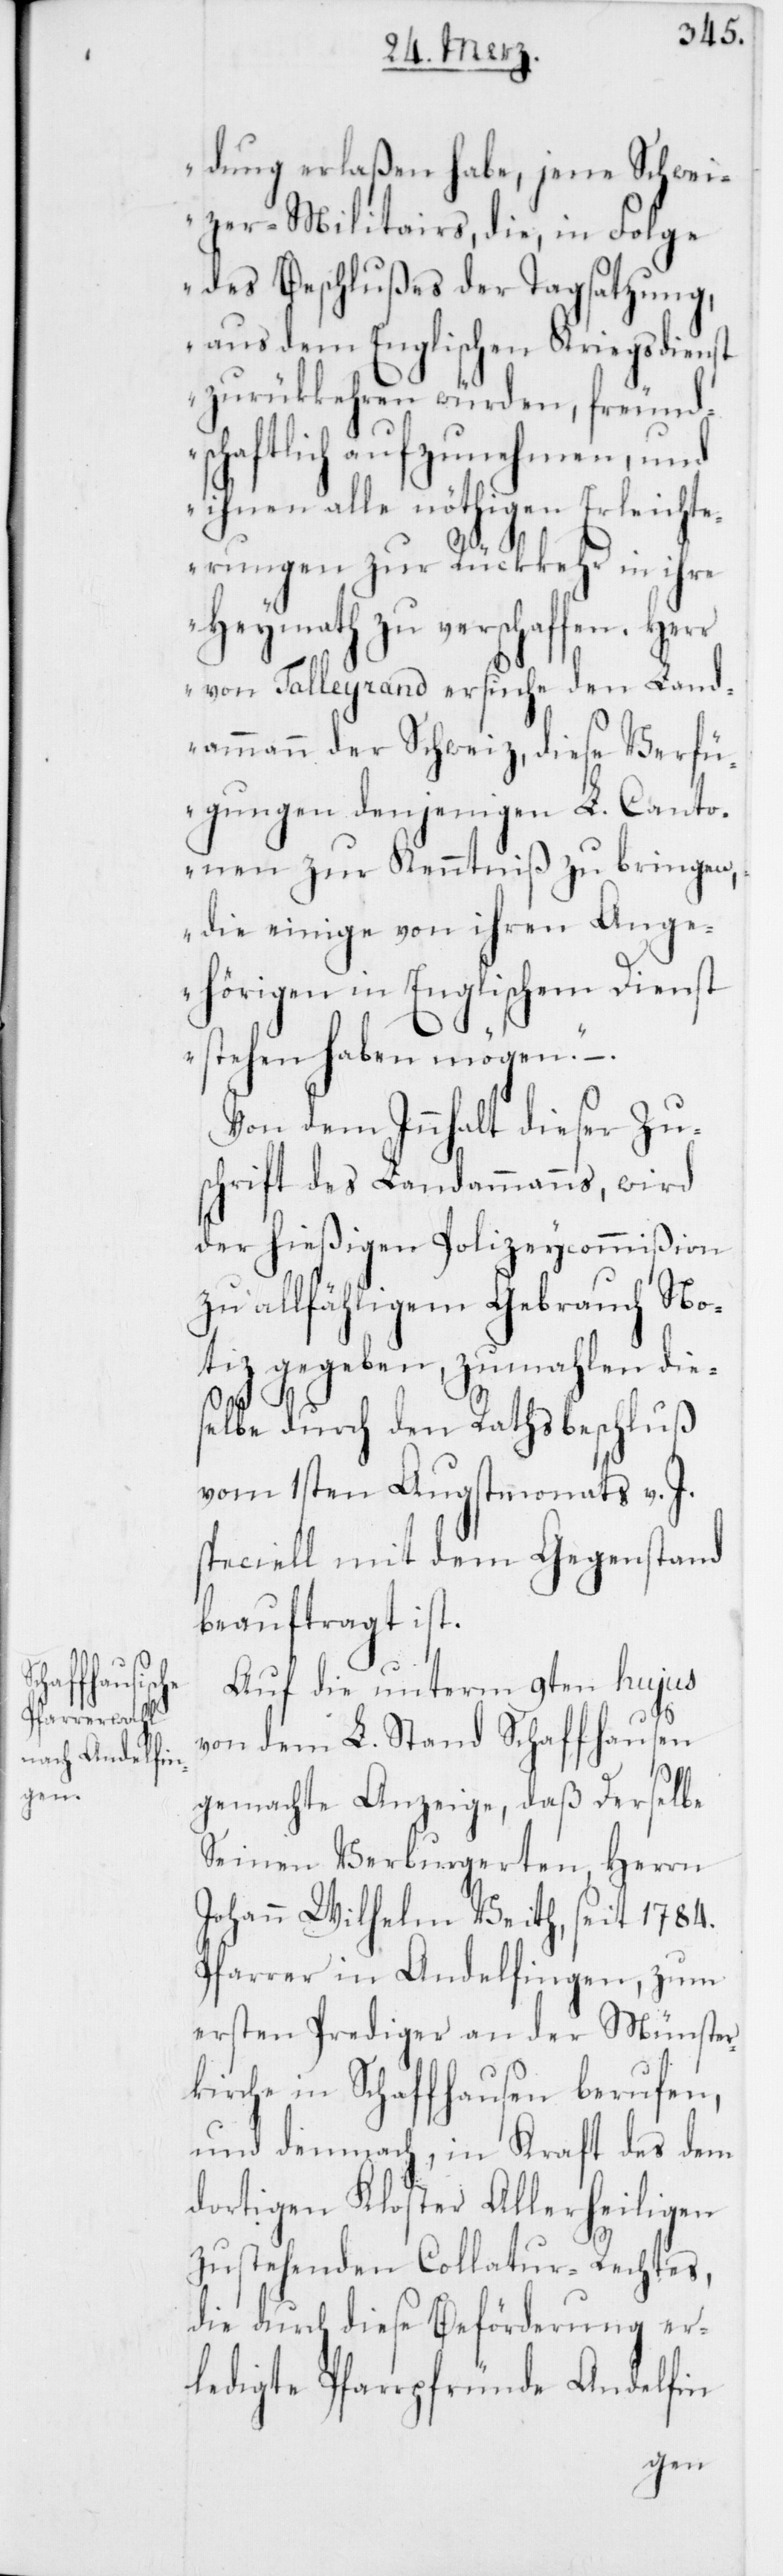
dung erlaßen habe, jene Schwei¬
zer-Militairs, die, in Folge
des Beschlußes der Tagsatzung,
aus dem Englischen Kriegsdienst
zurükkehren würden, freund¬
schaftlich aufzunehmen, und
ihnen alle nöthigen Erleicht¬
erungen zur Rükkehr in ihre
Heymath zu verschaffen. Herr
von Talleyrand ersuche den Land¬
ammann der Schweiz, diese Verfü¬
gungen denjenigen L. Canto¬
nen zur Kenntniß zu bringen,
die einige von ihren Ange¬
hörigen in Englischem Dienst
stehen haben mögen.“
Von dem Innhalt dieser Zu¬
schrift des Landammanns, wird
der hießigen Polizeycommißion
zu allfähligem Gebrauch No¬
tiz gegeben, zumahlen dies¬
elbe durch den Rathsbeschluß
vom 1sten Augstmonats v. J.
speciell mit dem Gegenstand
beauftragt ist.
Auf die unterm 9ten hujus
von dem L. Stand Schaffhausen
gemachte Anzeige, daß derselbe
Seinen Verburgereten, Herrn
Johann Wilhelm Veith, seit 1784.
Pfarrer in Andelfingen, zum
ersten Prediger an der Münster¬
kirche in Schaffhausen berufen,
und demnach, in Kraft des dem
dortigen Kloster Allerheiligen
zustehenden Collatur-Rechtes,
die durch diese Beförderung er¬
ledigte Pfarrpfründe Andelfin-